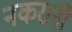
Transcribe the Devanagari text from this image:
नकरानी